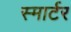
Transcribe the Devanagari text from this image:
स्मार्टर